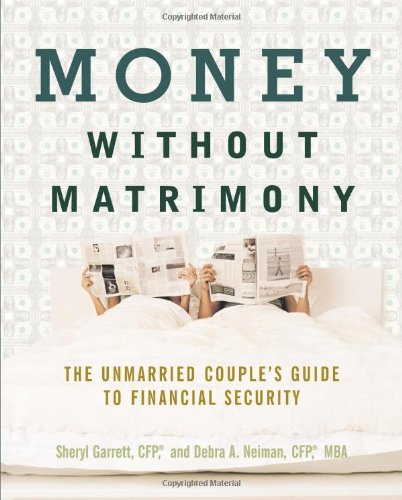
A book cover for Money Without Matrimony: The Unmarried Couple's Guide to Financial Security; Sheryl Garrett; Law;